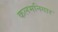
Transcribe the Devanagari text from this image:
कलमनिगार